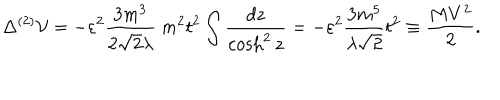
LaTeX: \Delta ^ { ( 2 ) } { \cal V } = - \varepsilon ^ { 2 } \frac { 3 m ^ { 3 } } { 2 { \sqrt { 2 } } \lambda } ~ m ^ { 2 } t ^ { 2 } \int \frac { d z } { \cosh ^ { 2 } z } = - \varepsilon ^ { 2 } \frac { 3 m ^ { 5 } } { \lambda { \sqrt 2 } } t ^ { 2 } \equiv \frac { M V ^ { 2 } } { 2 } .